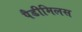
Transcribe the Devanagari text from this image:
पैडीमिलस